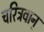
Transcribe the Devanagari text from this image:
चरित्रवान्‌